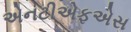
એનટીએફએસ